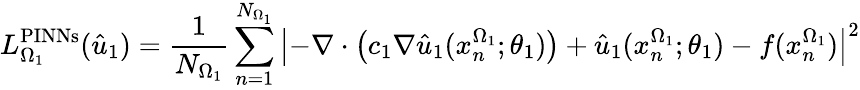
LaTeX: L_{\Omega_{1}}^{\textnormal{PINNs}}(\hat{u}_{1})=\frac{1}{N_{\Omega_{1}}}\sum_{n=1}^{N_{\Omega_{1}}}\left|-\nabla\cdot\big(c_{1}\nabla\hat{u}_{1}(x_{n}^{\Omega_{1}};\theta_{1})\big)+\hat{u}_{1}(x_{n}^{\Omega_{1}};\theta_{1})-f(x_{n}^{\Omega_{1}})\right|^{2}